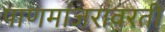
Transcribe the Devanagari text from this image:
पाणमांजरांवरती